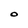
Character: O